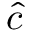
\hat { c }